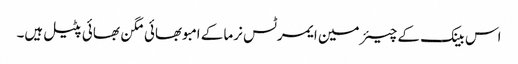
اس بینک کے چیئرمین ایمرٹس نرما کے امبوبھائی مگن بھائی پٹیل ہیں۔